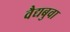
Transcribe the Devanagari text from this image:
वैद्यबुवा